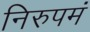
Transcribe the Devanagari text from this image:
निरुपमं